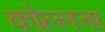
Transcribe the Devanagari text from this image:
कोल्लत्ता